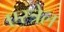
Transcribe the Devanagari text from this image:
एस्त्रेल